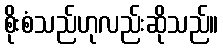
စိုးစံသည်ဟုလည်းဆိုသည်။